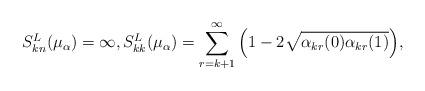
LaTeX: \begin{align*}S_{kn}^L(\mu_\alpha)=\infty,S_{kk}^L(\mu_\alpha)=\sum_{r=k+1}^\infty\Big(1-2\sqrt{\alpha_{kr}(0)\alpha_{kr}(1)}\Big),\end{align*}